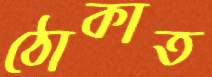
ঠোকাত